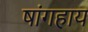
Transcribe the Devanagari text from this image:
षांगहाय